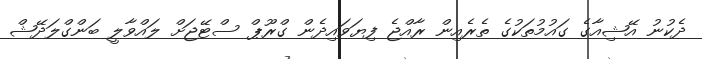
ދެކުނު އޭޝިއާގެ ގައުމުތަކުގެ ތެރެއިން ރާއްޖެ ފިޔަވައިދެން ގްރޫޕް ސްޓޭޖަށް ލައްވާލީ ބަންގްލަދޭޝް